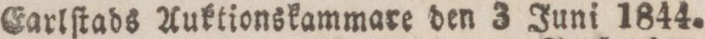
Earlſtads Auktionskammare den 3 Juni 1844.